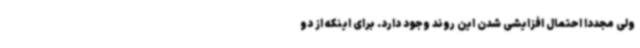
ولی مجددا احتمال افزایشی شدن این روند وجود دارد. برای اینکه از دو